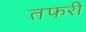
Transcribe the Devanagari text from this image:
तफरी